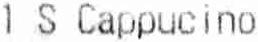
1 S CAPPUCINO